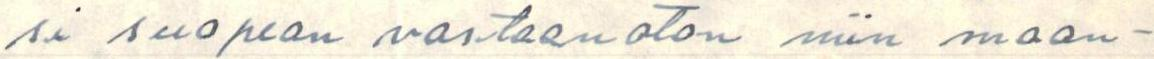
si suopean vastaanoton niin maan-